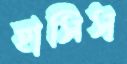
হাসিস্